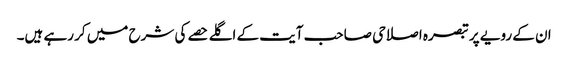
ان کے رویے پر تبصرہ اصلاحی صاحب آیت کے اگلے حصے کی شرح میں کر رہے ہیں۔